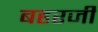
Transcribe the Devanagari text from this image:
बहरजी